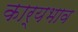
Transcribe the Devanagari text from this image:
कार्यभाव